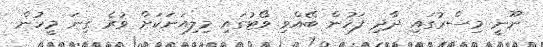
ނޫނީ މިސްރުގައި ދާދި ފަހުން ބޭއްވި ވޯޓުގައި މިލިއަނަކަށް ވުރެ ގިނަ މީހުން